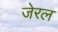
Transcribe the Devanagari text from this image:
जेरल